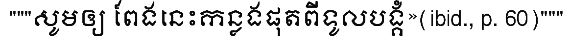
"""សូមឲ្យ ពែងនេះកន្លងផុតពីទូលបង្គំ»(ibid., p. 60)"""